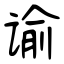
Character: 谕